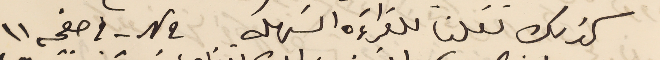
كذلك نقلنا للقراءَة السَهله N 2 - في صفحه ١١